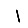
Digit: 1